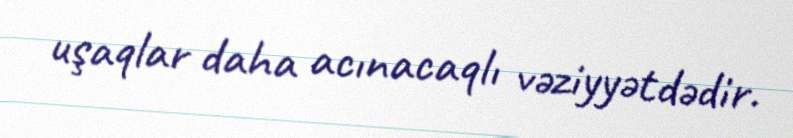
uşaqlar daha acınacaqlı vəziyyətdədir.